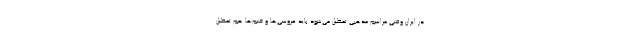
در ایران وقتی مراسم مذهبی تعطیل می‌شود باید عروسی‌ها و ختم‌ها هم تعطیل